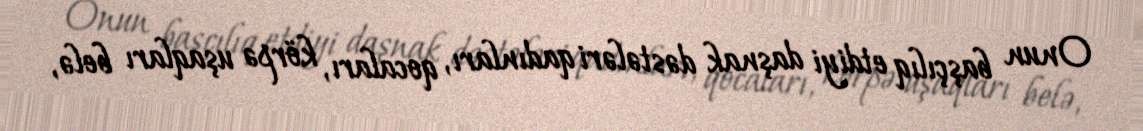
Onun başçılıq etdiyi daşnak dəstələri qadınları, qocaları, körpə uşaqları belə,